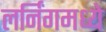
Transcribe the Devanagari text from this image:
लर्निंगमध्ये